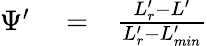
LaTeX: \begin{array}{rlr}{\Psi^{\prime}}&{{}=}&{\frac{L_{r}^{\prime}-L^{\prime}}{L_{r}^{\prime}-L_{min}^{\prime}}}\end{array}